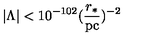
| \Lambda | < 1 0 ^ { - 1 0 2 } ( \frac { r _ { * } } { \mathrm { p c } } ) ^ { - 2 }